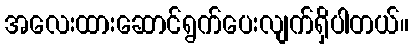
အလေးထားဆောင်ရွက်ပေးလျက်ရှိပါတယ်။